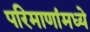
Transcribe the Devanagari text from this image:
परिमाणांमध्ये